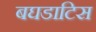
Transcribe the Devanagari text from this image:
बघडाटिस